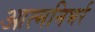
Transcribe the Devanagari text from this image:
आत्मनिभर्र